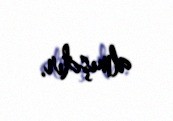
almışdır.